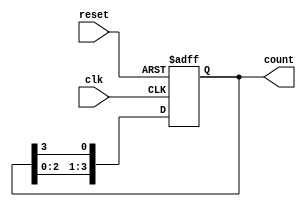
module ring_counter (
    input wire clk,        // Clock input
    input wire reset,      // Asynchronous reset input
    output reg [n-1:0] count // n-bit output for the ring counter
);
    parameter n = 4; // Number of bits in the ring counter

    // Initial state of the ring counter
    initial begin
        count = 1; // Start with only the least significant bit set
    end

    always @(posedge clk or posedge reset) begin
        if (reset) begin
            count <= 1; // Reset to initial state (e.g., 0001)
        end else begin
            // Shift the '1' to the left and wrap around
            count <= {count[n-2:0], count[n-1]};
        end
    end
endmodule